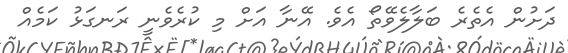
ދަށުން އެތެރެ ބަލާލެވޭތޯ އެވެ. އޭނާ އަށް މި ކުރެވެނީ ރަނގަޅު ކަމެއް